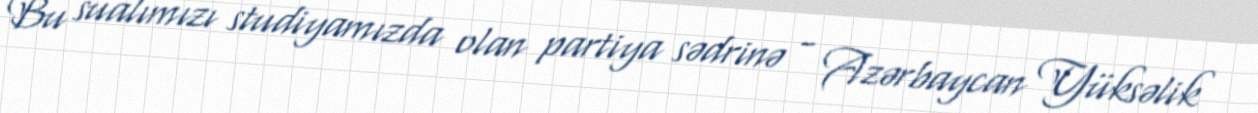
Bu sualımızı studiyamızda olan partiya sədrinə - Azərbaycan Yüksəlik